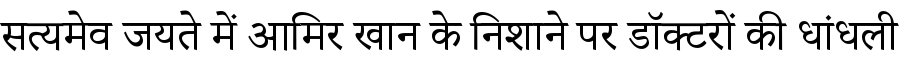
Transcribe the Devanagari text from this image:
सत्यमेव जयते में आमिर खान के निशाने पर डॉक्टरों की धांधली